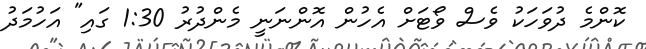
ކޮންމެ ދުވަހަކު ވެސް ވޯޓަށް އެހުން އޮންނަނީ މެންދުރު 1:30 ގައި" އަހުމަދު